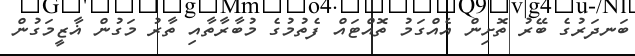
ބަނދަރުގެ ބޭރު ތޮށިން އެެއްގަމު ތޮއްޓައް ފެތުމުގެ މުބާރާތާއި ތާރު މަގުން ޣާޒީމަގުން